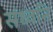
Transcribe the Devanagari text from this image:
संध्वनि